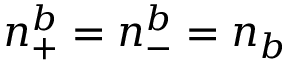
n _ { + } ^ { b } = n _ { - } ^ { b } = n _ { b }